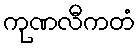
ကုဏလီကတံ